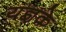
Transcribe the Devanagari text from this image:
यज्ञके